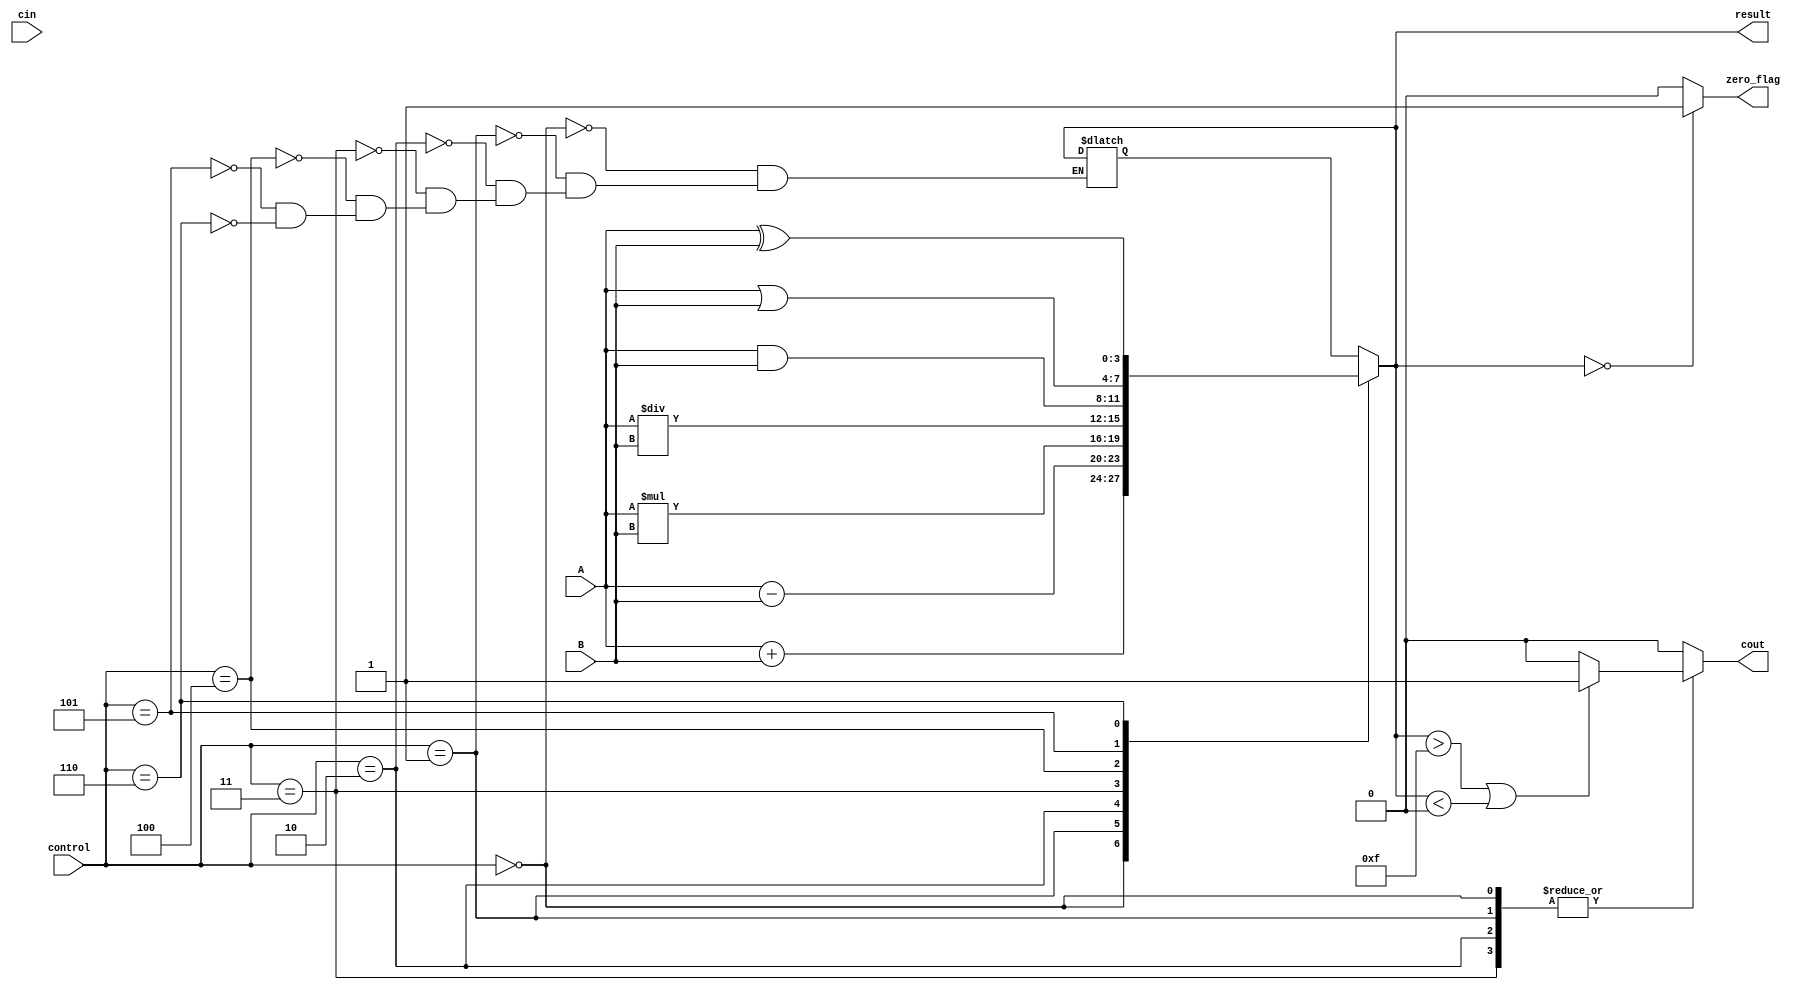
module ALU(input [3:0] A, input [3:0] B, input [2:0] control, input cin,
           output reg [3:0] result, output reg zero_flag, output reg cout);

  reg [3:0] temp_result;

  always @(*)
  begin
    case(control)
      3'b000: temp_result = A + B; // addition
      3'b001: temp_result = A - B; // subtraction
      3'b010: temp_result = A * B; // multiplication
      3'b011: temp_result = A / B; // division
      3'b100: temp_result = A & B; // AND
      3'b101: temp_result = A | B; // OR
      3'b110: temp_result = A ^ B; // XOR
    endcase

    result = temp_result;
    zero_flag = (temp_result == 4'b0000) ? 1'b1 : 1'b0; // check if result is zero

    case(control)
      3'b000, 3'b001, 3'b010, 3'b011: 
        begin
          // Carry out for addition and subtraction
          if(temp_result > 4'b1111 || temp_result < 4'b0000)
            cout = 1;
          else
            cout = 0;
        end

      3'b010: 
        begin
          // Overflow detection for multiplication
          if(temp_result >= 4'b1000)
            cout = 1;
          else
            cout = 0;
        end

      3'b011: 
        begin
          // Division by zero check
          if(B == 4'b0000)
            cout = 1;
          else
            cout = 0;
        end

      default:
        cout = 0;
    endcase
  end
endmodule